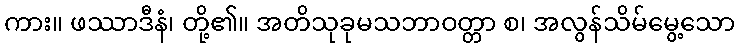
ကား။ ဖဿာဒီနံ၊ တို့၏။ အတိသုခုမသဘာဝတ္တာ စ၊ အလွန်သိမ်မွေ့သော